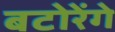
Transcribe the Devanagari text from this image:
बटोरेंगे